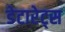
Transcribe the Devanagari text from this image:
डेटारेट्स